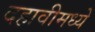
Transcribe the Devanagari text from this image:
दहावीमध्ये